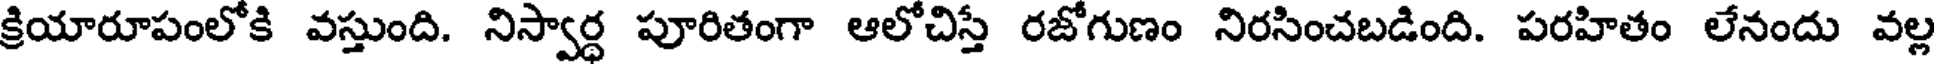
క్రియారూపంలోకి వస్తుంది. నిస్వార్ధ పూరితంగా ఆలోచిస్తే రజోగుణం నిరసించబడింది. పరహితం లేనందు వల్ల